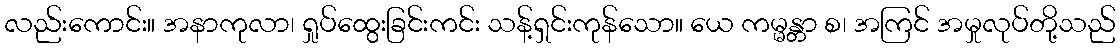
လည်းကောင်း။ အနာကုလာ၊ ရှုပ်ထွေးခြင်းကင်း သန့်ရှင်းကုန်သော။ ယေ ကမ္မန္တာ စ၊ အကြင် အမှုလုပ်တို့သည်